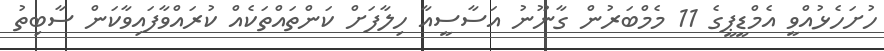
ހުށަހެޅުއްވީ އެމްޑީޕީގެ 11 މެމްބަރުން ގާނޫނު އަސާސީއާ ހިލާފަށް ކަންތައްތަކެއް ކުރައްވާފައިވާކަން ސާބިތު